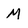
Character: M